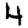
Digit: 4